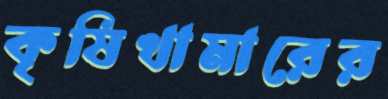
কৃষিখামারের